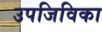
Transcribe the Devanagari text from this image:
उपजिविका